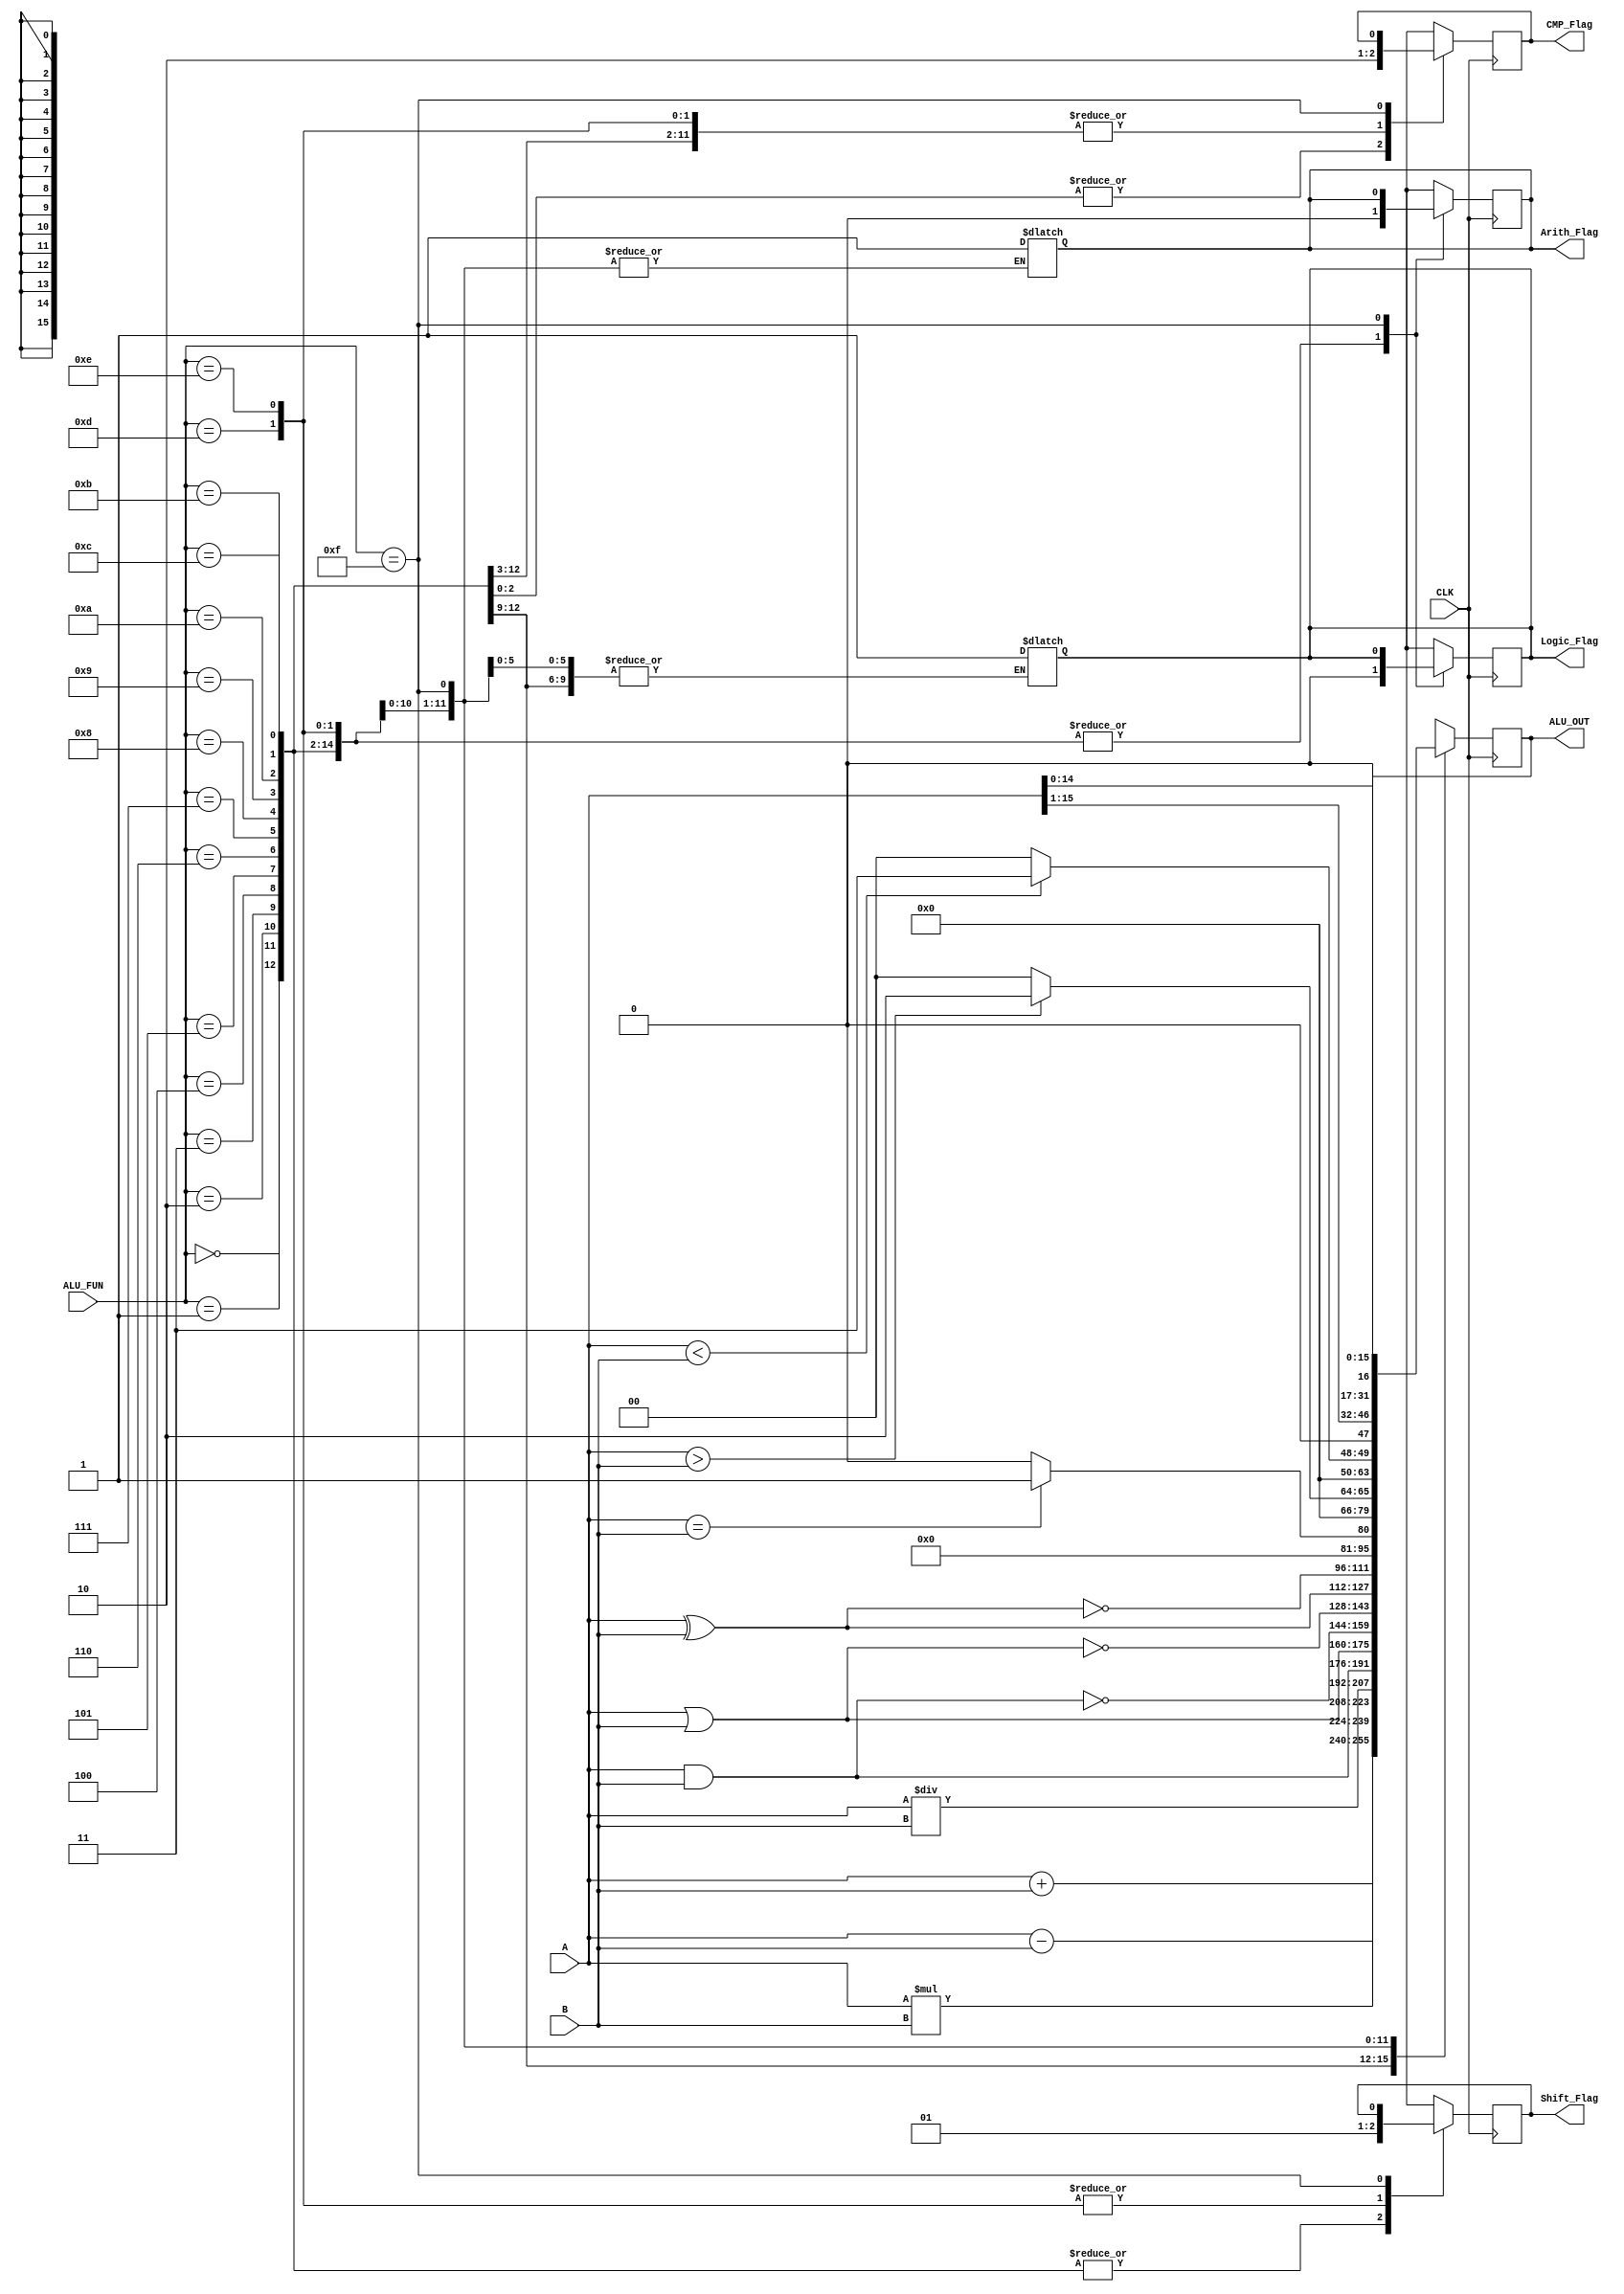
module ALU_16bit(
input wire  [15:0]  A,B,
input wire  [3:0]   ALU_FUN,
input wire          CLK,
output  reg [15:0]  ALU_OUT,
output  reg         Arith_Flag,
output  reg         Logic_Flag,
output  reg         CMP_Flag,
output  reg         Shift_Flag
);
reg  [15:0] ALU_OUT_C;
reg         Arith_Flag_C;
reg         Logic_Flag_C;
reg         CMP_Flag_C;
reg         Shift_Flag_C;
always@(posedge CLK)
begin
        Arith_Flag<=Arith_Flag_C;
        Logic_Flag<=Logic_Flag_C;
        CMP_Flag<=CMP_Flag_C;
        Shift_Flag<=Shift_Flag_C;
        ALU_OUT<=ALU_OUT_C;
end
always@(*)
begin
  Arith_Flag_C=1'b0;
  Logic_Flag_C=1'b0;
  CMP_Flag_C=1'b0;
  Shift_Flag_C=1'b0;
  //ALU_OUT= 1'b0;
  case(ALU_FUN)
    4'b0000:
      begin
        ALU_OUT_C= A+B;
        Arith_Flag=1'b1;
      end
     4'b0001:
      begin
        ALU_OUT_C= A-B;
        Arith_Flag=1'b1;
      end
     4'b0010:
      begin
        ALU_OUT_C= A*B;
        Arith_Flag=1'b1;
      end
     4'b0011:
      begin
        ALU_OUT_C= A/B;
        Arith_Flag=1'b1;
      end
     4'b0100:
      begin
        ALU_OUT_C= A&B;
        Logic_Flag=1'b1;
      end
     4'b0101:
      begin
        ALU_OUT_C= A|B;
        Logic_Flag=1'b1;
      end
     4'b0110:
      begin
        ALU_OUT_C= ~(A&B);
        Logic_Flag=1'b1;
      end
     4'b0111:
      begin
        ALU_OUT_C= ~(A|B);
        Logic_Flag=1'b1;
      end
     4'b1000:
      begin
        ALU_OUT_C= A^B;
        Logic_Flag=1'b1;
      end
     4'b1001:
      begin
        ALU_OUT_C= ~(A^B);
        Logic_Flag=1'b1;
      end
     4'b1010:
      begin
        ALU_OUT_C= (A==B)?1:0;
        CMP_Flag_C=1'b1;
      end
     4'b1011:
      begin
        ALU_OUT_C= (A>B)?2:0;
        CMP_Flag_C=1'b1;
      end
     4'b1100:
      begin
        ALU_OUT_C= (A<B)?3:0;
        CMP_Flag_C=1'b1;
      end
     4'b1101:
      begin
        ALU_OUT_C= A>>1;
        Shift_Flag_C=1'b1;
      end
     4'b1110:
      begin
        ALU_OUT_C= A<<1;
        Shift_Flag_C=1'b1;
      end
     4'b1111:
      begin
        Arith_Flag_C=Arith_Flag;
        Logic_Flag_C=Logic_Flag;
        CMP_Flag_C=CMP_Flag;
        Shift_Flag_C=Shift_Flag;
        ALU_OUT_C= ALU_OUT;
      end
     endcase
end

endmodule